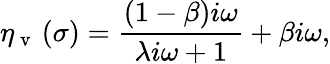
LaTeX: \eta_{\mathrm{~v~}}\left(\sigma\right)=\frac{(1-\beta)i\omega}{\lambda i\omega+1}+\beta i\omega,